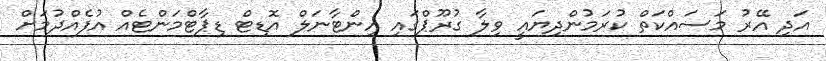
އަދި އޭރު މަސައްކަތް ކުރަމުންދިޔައީ ވިލާ ގުރޫޕްގައި އިންޓާނަލް އޮޑިޓް ޑިޕާޓްމަންޓެއް އުފެއްދުމަށް